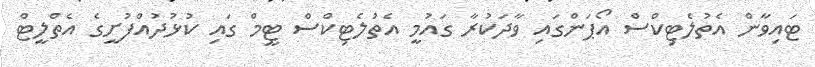
ޓައިވާން އެތުލެޓިކްސް އޯޕަންގައި ވާދަކުރާ ގައުމީ އެތުލެޓިކްސް ޓީމް ގައި ކުޅުދުއްފުށީގެ އެތްލީޓް